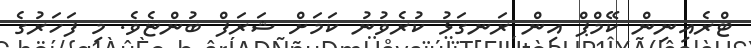
ޓްރެއިނިން ކޭމްޕް އިން ރަނގަޅު ކުރެވުނު ކަމަށް ޝަރަފް ބުންޏެވެ. މި ފަހަރުގެ